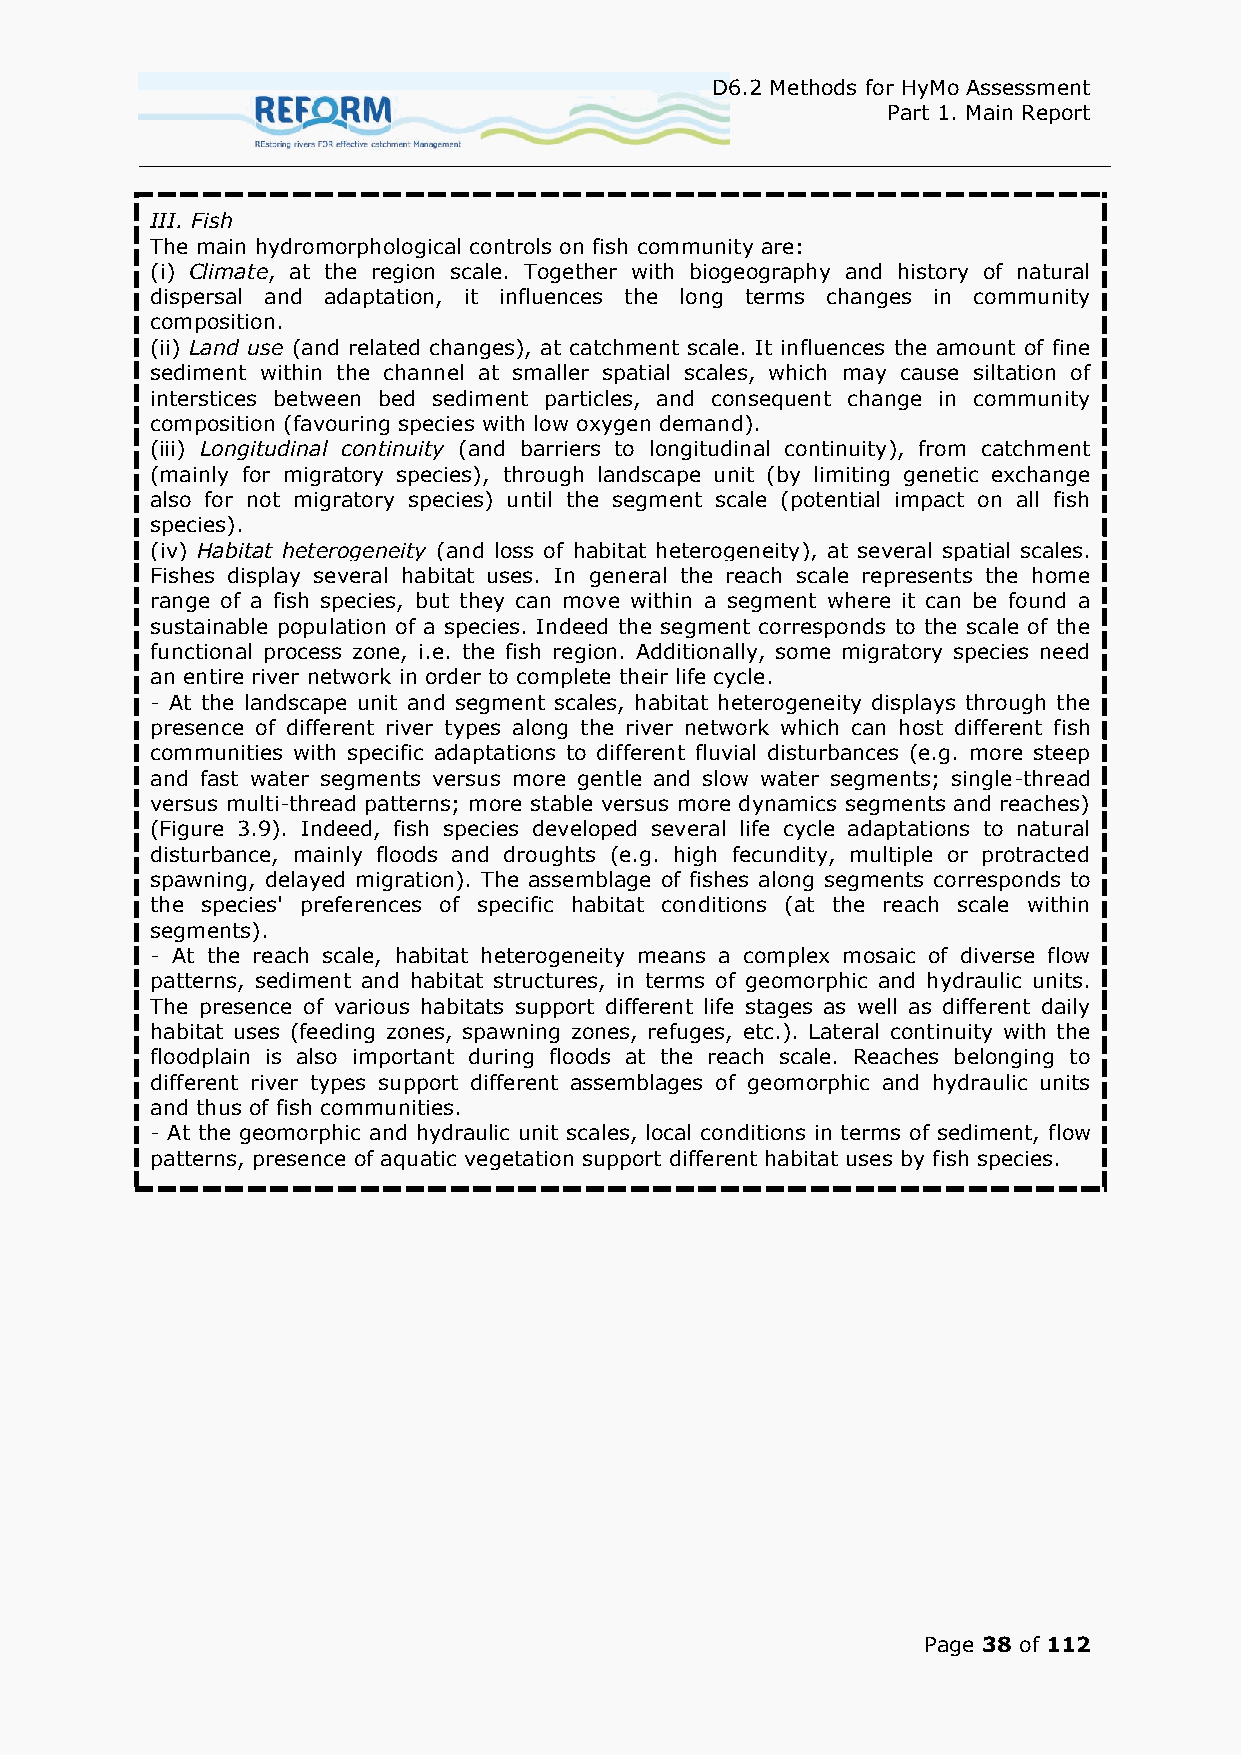
D6.2 Methods for HyMo Assessment
 Part 1. Main Report
 III. Fish
 The main hydromorphological controls on fish community are:
 (i) Climate, at the region scale. Together with biogeography and history of natural
 dispersal and adaptation, it influences the long terms changes in community
 composition.
 (ii) Land use (and related changes), at catchment scale. It influences the amount of fine
 sediment within the channel at smaller spatial scales, which may cause siltation of
 interstices between bed sediment particles, and consequent change in community
 composition (favouring species with low oxygen demand).
 (iii) Longitudinal continuity (and barriers to longitudinal continuity), from catchment
 (mainly for migratory species), through landscape unit (by limiting genetic exchange
 also for not migratory species) until the segment scale (potential impact on all fish
 species).
 (iv) Habitat heterogeneity (and loss of habitat heterogeneity), at several spatial scales.
 Fishes display several habitat uses. In general the reach scale represents the home
 range of a fish species, but they can move within a segment where it can be found a
 sustainable population of a species. Indeed the segment corresponds to the scale of the
 functional process zone, i.e. the fish region. Additionally, some migratory species need
 an entire river network in order to complete their life cycle.
 - At the landscape unit and segment scales, habitat heterogeneity displays through the
 presence of different river types along the river network which can host different fish
 communities with specific adaptations to different fluvial disturbances (e.g. more steep
 and fast water segments versus more gentle and slow water segments; single-thread
 versus multi-thread patterns; more stable versus more dynamics segments and reaches)
 (Figure 3.9). Indeed, fish species developed several life cycle adaptations to natural
 disturbance, mainly floods and droughts (e.g. high fecundity, multiple or protracted
 spawning, delayed migration). The assemblage of fishes along segments corresponds to
 the species' preferences of specific habitat conditions (at the reach scale within
 segments).
 - At the reach scale, habitat heterogeneity means a complex mosaic of diverse flow
 patterns, sediment and habitat structures, in terms of geomorphic and hydraulic units.
 The presence of various habitats support different life stages as well as different daily
 habitat uses (feeding zones, spawning zones, refuges, etc.). Lateral continuity with the
 floodplain is also important during floods at the reach scale. Reaches belonging to
 different river types support different assemblages of geomorphic and hydraulic units
 and thus of fish communities.
 - At the geomorphic and hydraulic unit scales, local conditions in terms of sediment, flow
 patterns, presence of aquatic vegetation support different habitat uses by fish species.
 Page 38 of 112